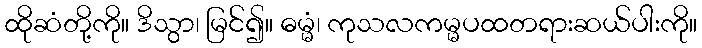
ထိုဆံတို့ကို။ ဒိသွာ၊ မြင်၍။ ဓမ္မံ၊ ကုသလကမ္မပထတရားဆယ်ပါးကို။